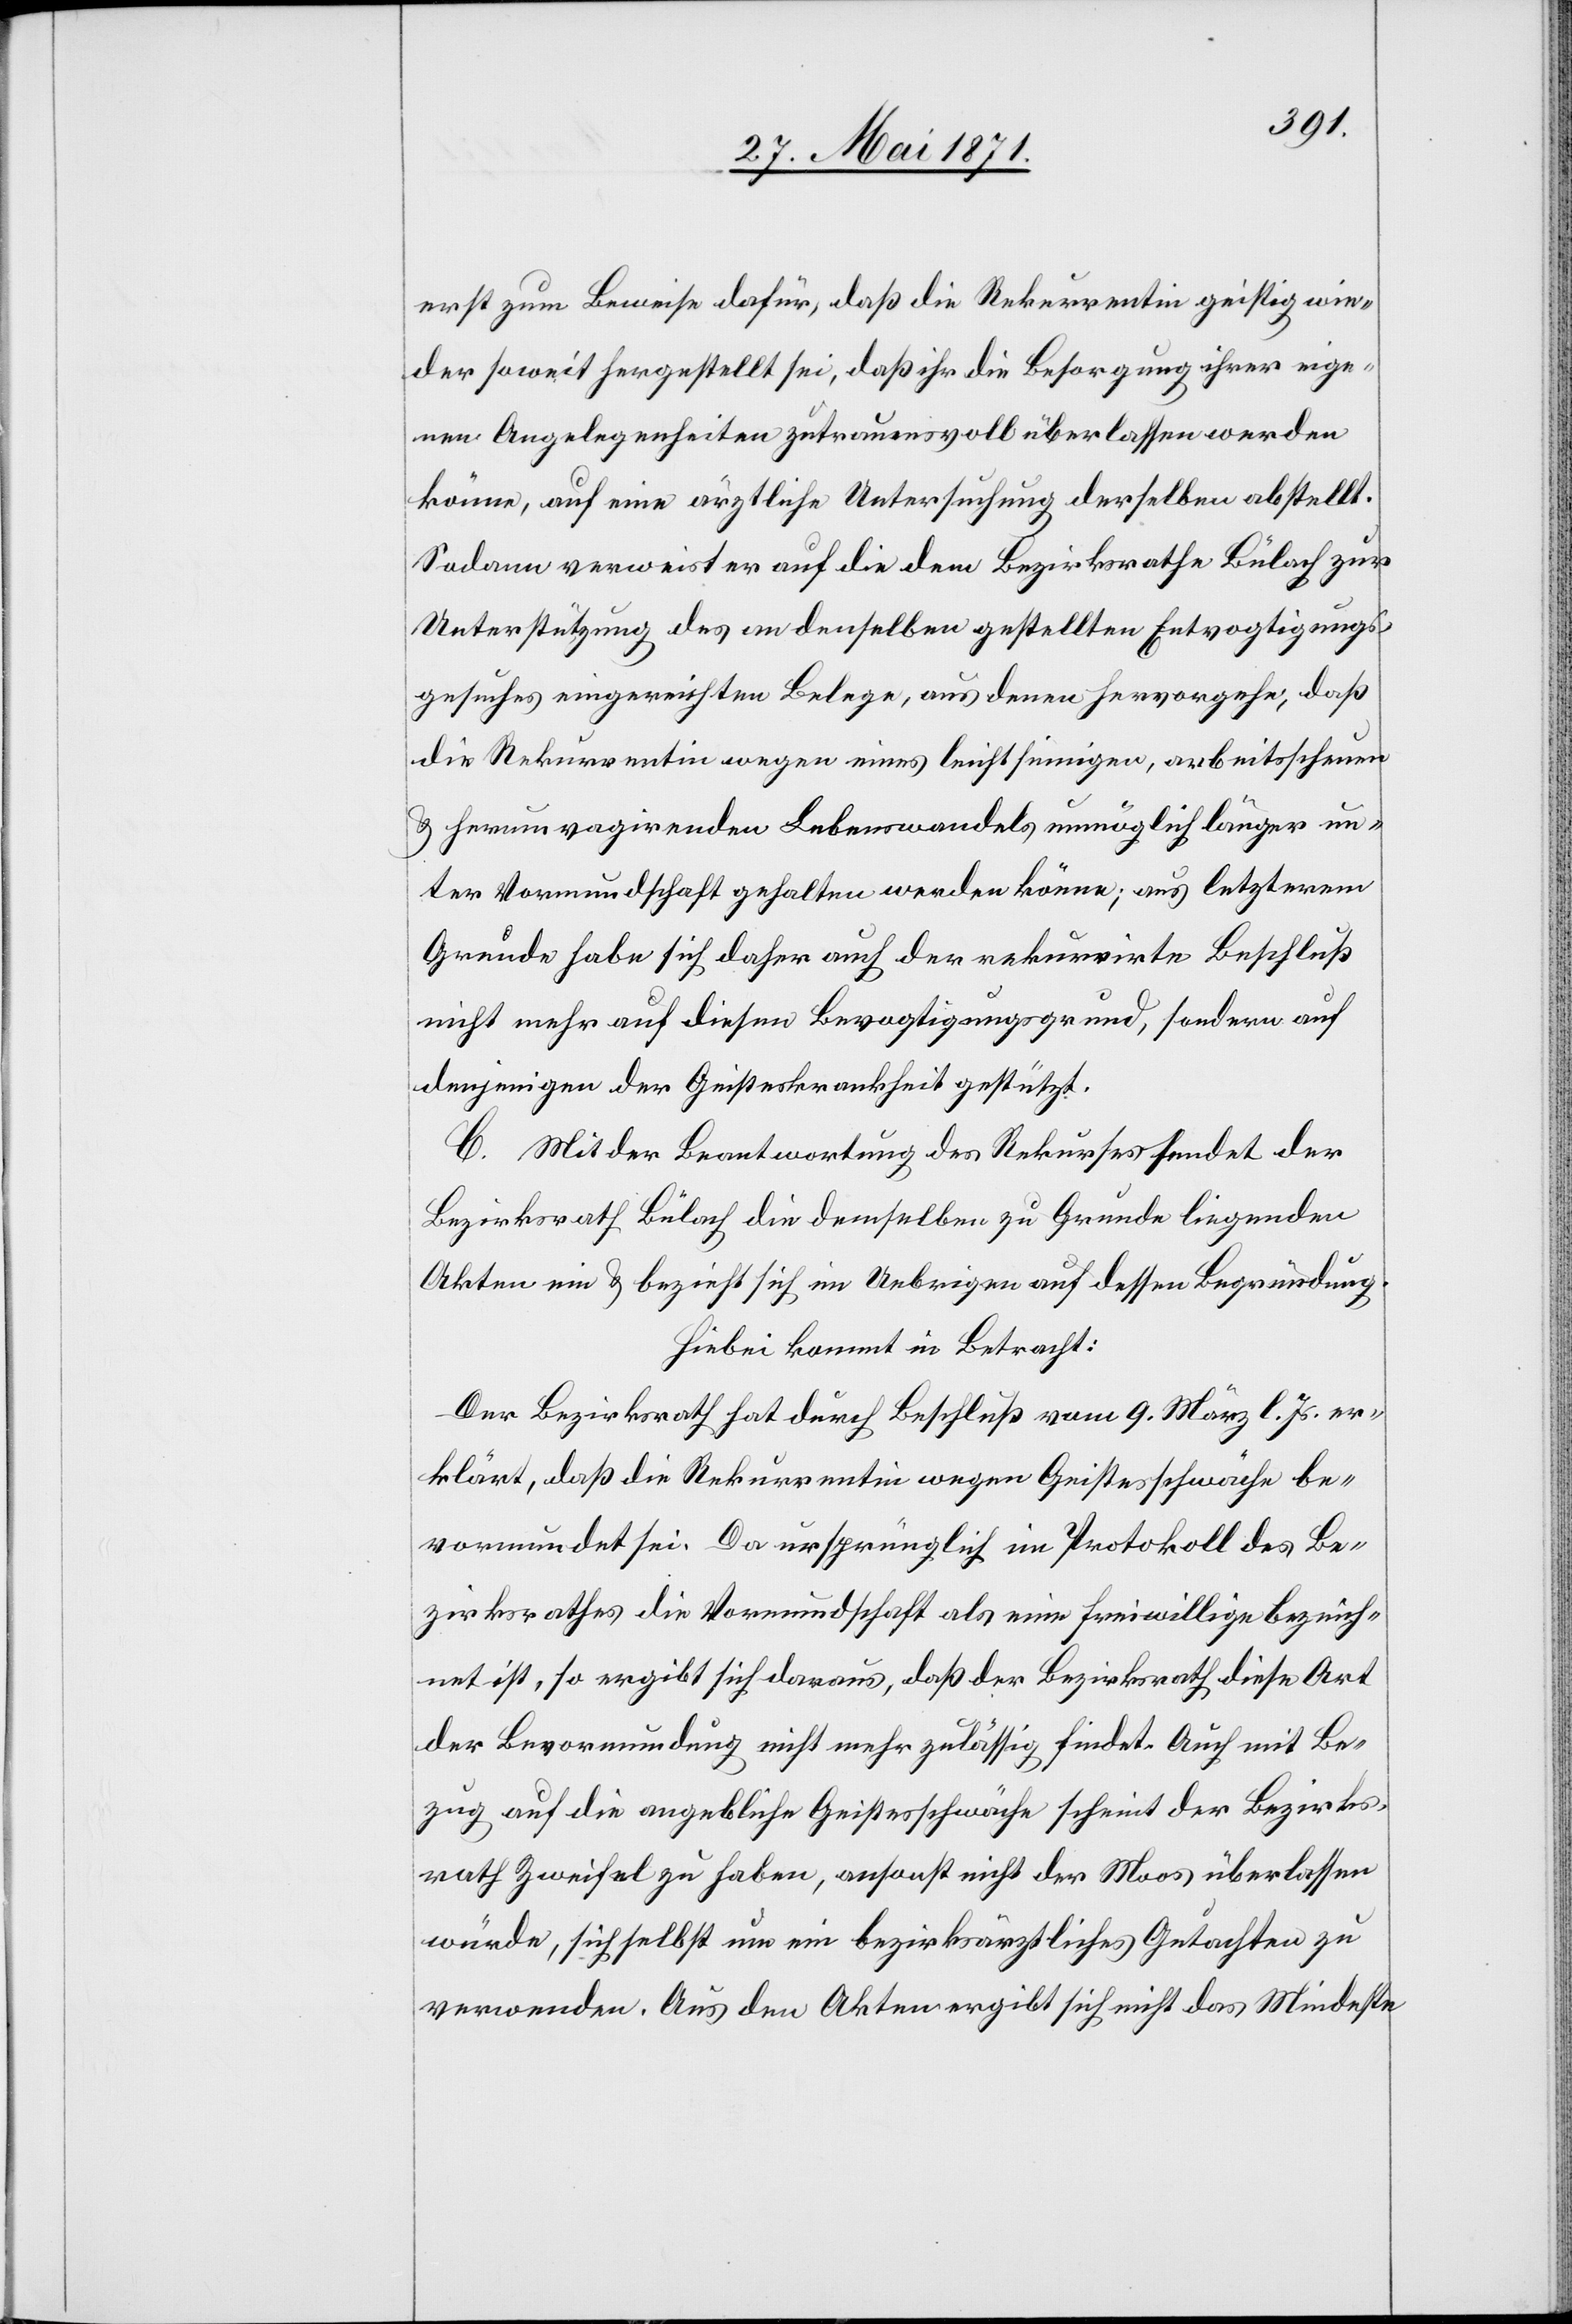
erst zum Beweise dafür, daß die Rekurrentin geistig wie¬
der soweit hergestellt sei, daß ihr die Besorgung ihrer eige¬
nen Angelegenheiten zutrauensvoll überlassen werden
könne, auf eine ärztliche Untersuchung derselben abstellt.
Sodann verweist er auf die dem Bezirksrath Bülach zur
Unterstützung des an denselben gestellten Entvogtigungs¬
gesuches eingereichten Belege, aus denen hervorgeht, daß
die Rekurrentin wegen eines leichtsinnigen, arbeitsscheuen
u. herumvagirenden Lebenswandels unmöglich länger un¬
ter Vormundschaft gehalten werden könne; aus letzterem
Grunde habe sich daher auch der rekurrirte Beschluß
nicht mehr auf diesem Bevogtigungsgrund, sondern auf
denjenigen der Geisteskrankheit gestützt.
C. Mit der Beantwortung des Rekurses sendet der
Bezirksrath Bülach die demselben zu Grunde liegenden
Akten ein u. bezieht sich im Uebrigen auf dessen Begründung.
Hiebei kommt in Betracht:
Der Bezirksrath hat durch Beschluß vom 9. März l. Js. er¬
klärt, daß die Rekurrentin wegen Geistesschwäche be¬
vormundet sei. Da ursprünglich im Protokoll des Be¬
zirksrathes die Vormundschaft als eine freiwillige bezeich¬
net ist, so ergibt sich daraus, daß der Bezirksrath diese Art
der Bevormundung nicht mehr zulässig findet. Auch mit Be¬
zug auf die angebliche Geistesschwäche scheint der Bezirks¬
rath Zweifel zu haben, ansonst nicht der Moos überlassen
würde, sich selbst um ein bezirksärztliches Gutachten zu
verwenden. Aus den Akten ergibt sich nicht das Mindeste